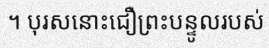
។ បុរសនោះជឿព្រះបន្ទូលរបស់